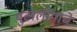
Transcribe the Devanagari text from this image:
बुटालीयाचे